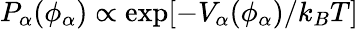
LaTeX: P_{\alpha}(\phi_{\alpha})\propto\exp[-V_{\alpha}(\phi_{\alpha})/k_{B}T]